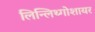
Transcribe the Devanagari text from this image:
लिन्लिथ्गोशायर